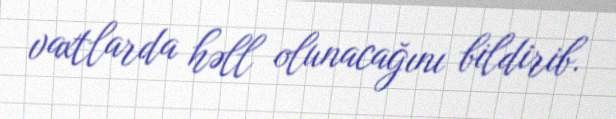
vaxtlarda həll olunacağını bildirib.